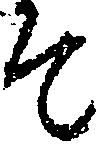
そ